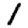
Digit: 1